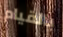
بالقيام